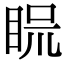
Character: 𥆰